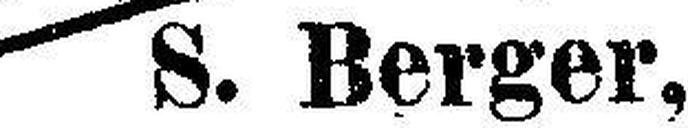
S. Berger,